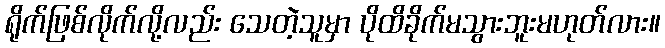
ရိုက်ဖြစ်လိုက်လို့လည်း သေတဲ့သူမှာ ပိုထိခိုက်မသွားဘူးမဟုတ်လား။